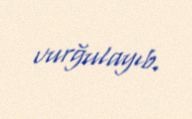
vurğulayıb.